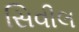
સિવીલ